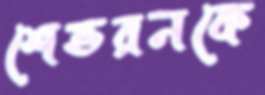
শেভরনকে